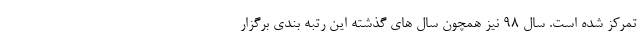
تمرکز شده است. سال 98 نیز همچون سال های گذشته این رتبه بندی برگزار